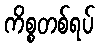
ကိစ္စတစ်ရပ်